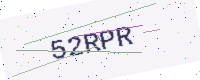
Text: 52RPR